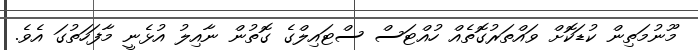
މޫނުމަތިން ކުޑަކޮށް ވައްތަރުގޮތެއް ހުއްޓަސް ސްޓައިލްގެ ގޮތުން ނާއިލު އުޅެނީ މާފަހަތުގަ އެވެ.